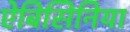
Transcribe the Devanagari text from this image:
ऐबिसिनिया